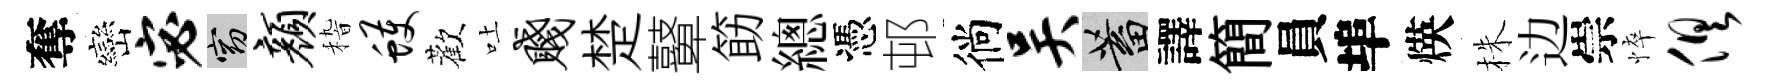
奪巒宓窈颜𥟵蠖歡吐贱楚鼙筯總憑邨徜吴蓄譯簡員埠煐株边崇悴俱